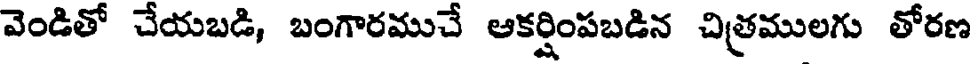
వెండితో చేయబడి, బంగారముచే ఆకర్షింపబడిన చిత్రములగు తోరణ